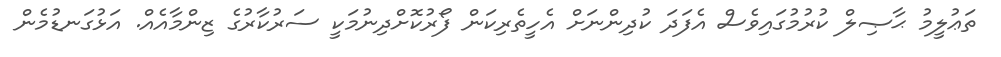
ތަޢުލީމު ޙާޞިލް ކުރުމުގައިވެސް އެފަދަ ކުދިންނަށް އެހީތެރިކަން ފޯރުކޮށްދިނުމަކީ ސަރުކާރުގެ ޒިންމާއެއް. އަޅުގަނޑުމެން